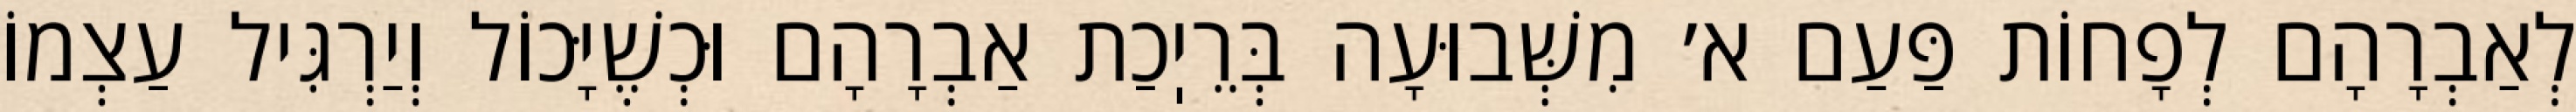
לְאַבְרָהָם לְפָחוֹת פַּעַם א׳ מִשְּׁבוּעָה בְּרֵיֽכַת אַבְרָהָם וּכְשֶׁיָּכוֹל וְיַרְגִּיל עַצְמוֹ